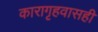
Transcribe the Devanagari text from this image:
कारागृहवासही